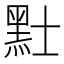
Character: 𪐢